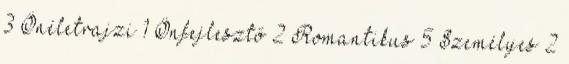
3 Önéletrajzi 1 Önfejlesztő 2 Romantikus 5 Személyes 2